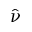
\hat { \nu }